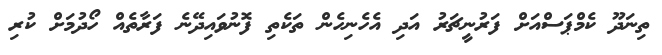
ތިނަދޫ ކެމްޕަސްއަށް ފަރުނީޗަރު އަދި އެހެނިހެން ތަކެތި ފޮނުވައިދޭނެ ފަރާތެއް ހޯދުމަށް ކުރި